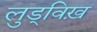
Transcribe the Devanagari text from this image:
लुड्विख़